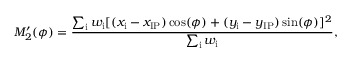
M _ { 2 } ^ { \prime } ( \phi ) = \frac { \sum _ { \mathrm { { i } } } w _ { \mathrm { { i } } } [ ( x _ { \mathrm { { i } } } - x _ { \mathrm { { I P } } } ) \cos ( \phi ) + ( y _ { \mathrm { { i } } } - y _ { \mathrm { { I P } } } ) \sin ( \phi ) ] ^ { 2 } } { \sum _ { \mathrm { { i } } } w _ { \mathrm { { i } } } } ,